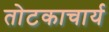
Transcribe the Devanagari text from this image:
तोटकाचार्य